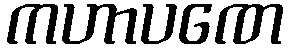
ကဟာပဏေ